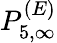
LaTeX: P_{5,\infty}^{(E)}